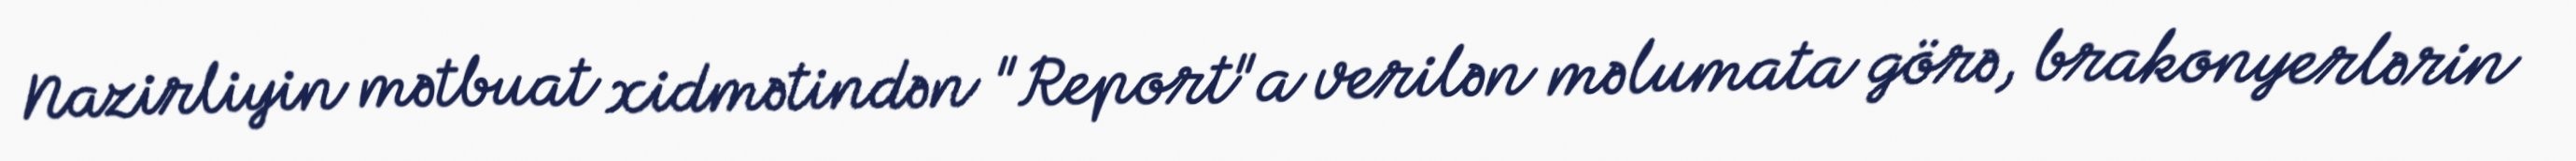
Nazirliyin mətbuat xidmətindən "Report"a verilən məlumata görə, brakonyerlərin